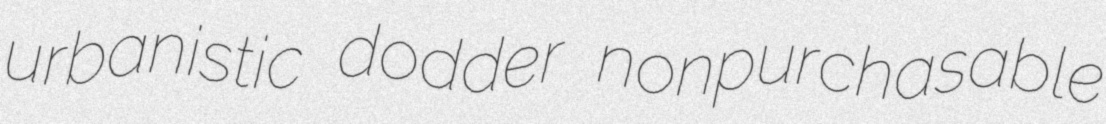
urbanistic dodder nonpurchasable